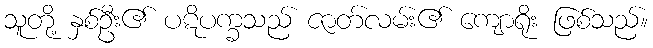
သူတို့ နှစ်ဦး၏ ပဋိပက္ခသည် ဇာတ်လမ်း၏ ကျောရိုး ဖြစ်သည်။